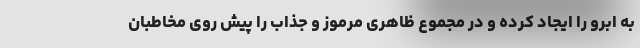
به ابرو را ایجاد کرده و در مجموع ظاهری مرموز و جذاب را پیش روی مخاطبان